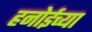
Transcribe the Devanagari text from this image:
हनोईच्या